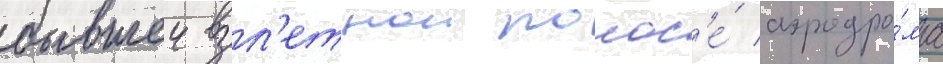
бывшеи взл'етнои полос'е́ аэродро́ма